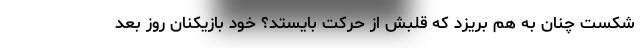
شکست چنان به هم بریزد که قلبش از حرکت بایستد؟ خود بازیکنان روز بعد